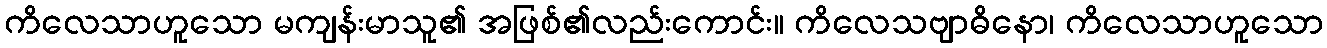
ကိလေသာဟူသော မကျန်းမာသူ၏ အဖြစ်၏လည်းကောင်း။ ကိလေသဗျာဓိနော၊ ကိလေသာဟူသော